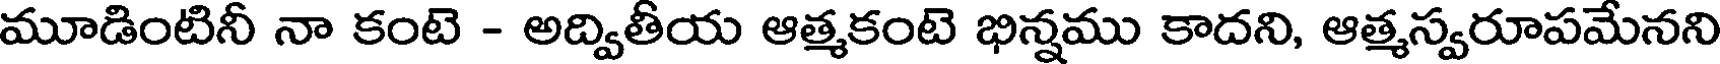
మూడింటినీ నా కంటె - అద్వితీయ ఆత్మకంటె భిన్నము కాదని, ఆత్మస్వరూపమేనని